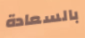
بالسعادة